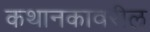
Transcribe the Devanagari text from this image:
कथानकावरील